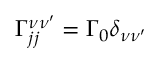
\Gamma _ { j j } ^ { \nu \nu ^ { \prime } } = \Gamma _ { 0 } \delta _ { \nu \nu ^ { \prime } }